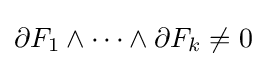
\partial F_{1}\wedge \dots \wedge \partial F_{k}\not =0